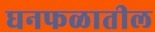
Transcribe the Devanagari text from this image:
घनफळातील